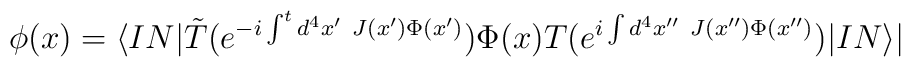
\phi (x)=\langle IN|\tilde T(e^{-i\int^td^4x^{\prime}~J(x^{\prime })\Phi (x^{\prime })})\Phi (x)T(e^{i\int d^4x^{\prime \prime}~J(x^{\prime \prime })\Phi (x^{\prime \prime })})|IN\rangle |